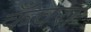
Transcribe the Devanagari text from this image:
कँवरा